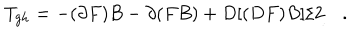
T _ { g h } = - ( \partial F ) B - \partial ( F B ) + D [ ( D F ) B ] / 2 \quad .